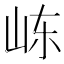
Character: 𰎏